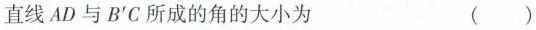
直线AD与B^{\prime}C所成的角的大小为 ( )